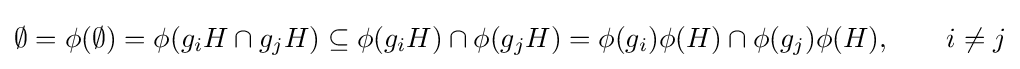
\emptyset =\phi (\emptyset )=\phi (g_{i}H\cap g_{j}H)\subseteq \phi (g_{i}H)\cap \phi (g_{j}H)=\phi (g_{i})\phi (H)\cap \phi (g_{j})\phi (H),\qquad i\neq j